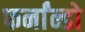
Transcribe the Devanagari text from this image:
फर्नांन्डो